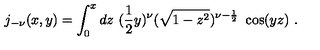
j _ { - \nu } ( x , y ) = \int _ { 0 } ^ { x } d z \ ( \frac { 1 } { 2 } y ) ^ { \nu } ( \sqrt { 1 - z ^ { 2 } } ) ^ { \nu - \frac { 1 } { 2 } } \ \cos ( y z ) \ .